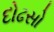
દોઢસો